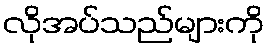
လိုအပ်သည်များကို